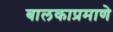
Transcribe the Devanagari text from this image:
बालकाप्रमाणे